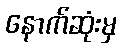
နောက်ဆုံးမှ